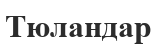
Тюландар